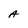
Character: A